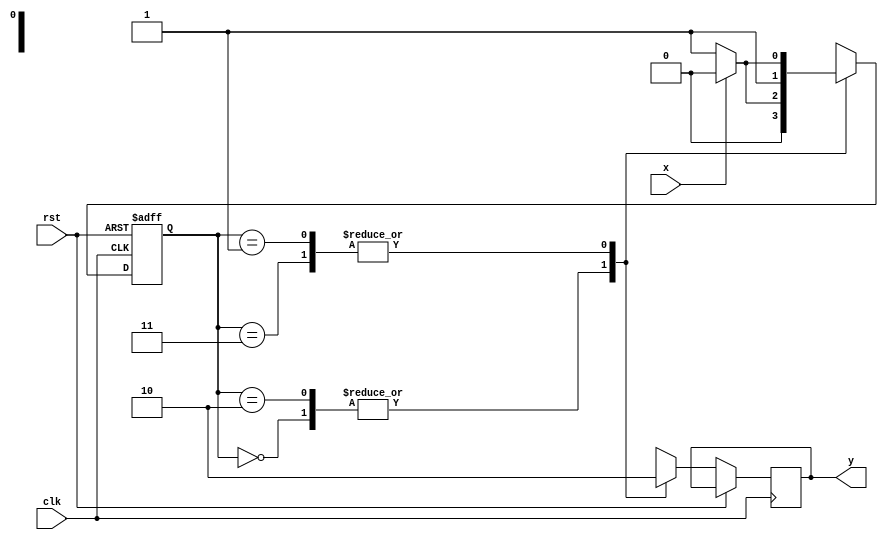
`timescale 1ns / 1ps
//////////////////////////////////////////////////////////////////////////////////
// Company: 
// Engineer: 
// 
// Design Name: 
// Module Name:    MOORE_FSM 
// Project Name: 
// Target Devices: 
// Tool versions: 
// Description: 
//
// Dependencies: 
//
// Revision: 
// Revision 0.01 - File Created
// Additional Comments: 
//
//////////////////////////////////////////////////////////////////////////////////
module MOORE_FSM(
    input x,clk,rst,
    output reg y
    );
	reg [1:0]p,n;
	parameter s0 = 2'b00;
	parameter s1 = 2'b01;
	parameter s2 = 2'b10;
	parameter s3 = 2'b11;
	always @(posedge clk,posedge rst)
	begin
		if(rst) 
			begin 
				p = s0;
			end
		else
		begin
				case ({ p })
					s0 :
						begin
							y = 1;
							if(x) 
								begin
									n = s0;
								end
							else
								begin 
									n = s1;
								end
						end
					s1 : 
						begin
							y = 0;
							if(x)
								begin
									n = s2;
								end
							else
								begin
									n = s3;
								end
						end
					s2 : 
						begin
							y = 1;
							if(x)
								begin
									n = s0;
								end
							else
								begin
									n = s1;
								end
						end
					s3 :
						begin
							y = 0;
							if(x)
								begin
									n = s2;
								end
							else
								begin
									n = s3;
								end
						end
				endcase
									 p = n;

			end	
	end

endmodule